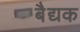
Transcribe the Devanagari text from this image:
बैद्यक